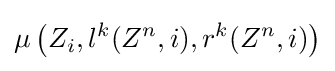
\mu \left(Z_{i},l^{k}(Z^{n},i),r^{k}(Z^{n},i)\right)